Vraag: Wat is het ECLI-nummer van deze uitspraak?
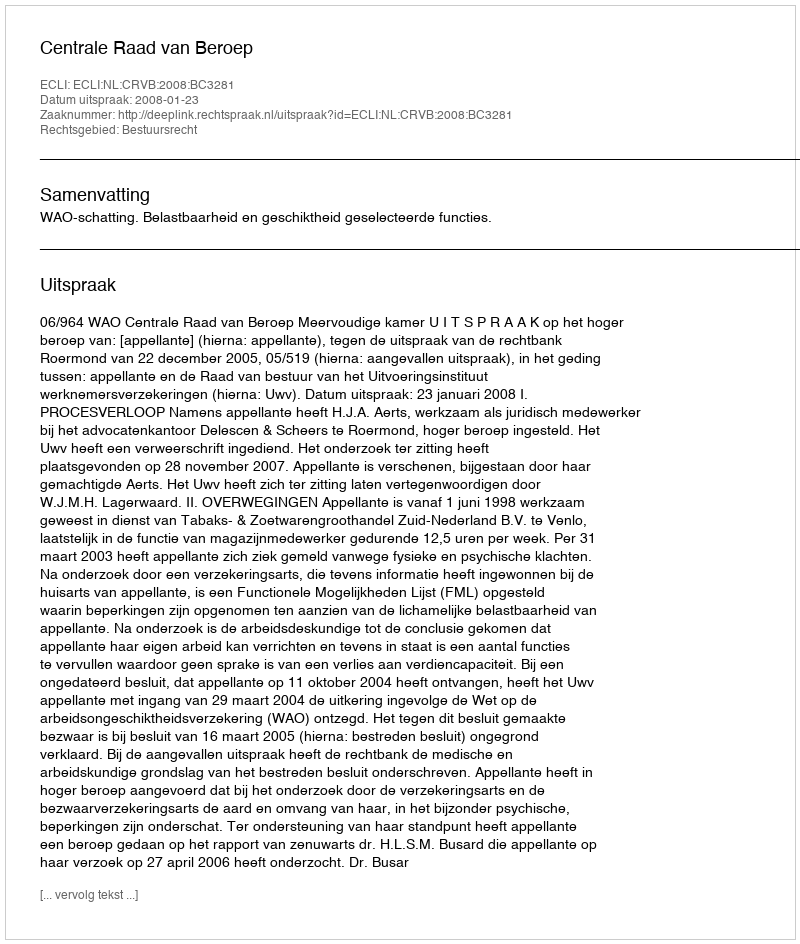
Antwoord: ECLI:NL:CRVB:2008:BC3281